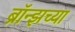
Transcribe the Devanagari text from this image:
ब्रॉन्झच्या